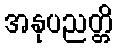
အနုပညတ္တိ